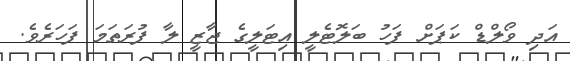
އަދި ވޯލްޑް ކަޕަށް ފަހު ބަލޮޓެލީ އިޓަލީގެ ޖާޒީ ލާ ފުރަތަމަ ފަހަރެވެ.